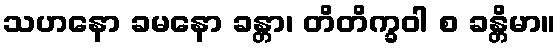
သဟနော ခမနော ခန္တာ၊ တိတိက္ခဝါ စ ခန္တိမာ။